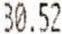
30.52